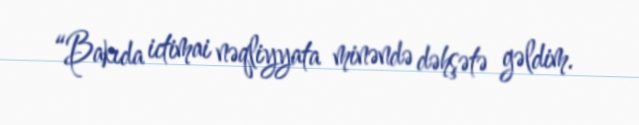
“Bakıda ictimai nəqliyyata minəndə dəhşətə gəldim.